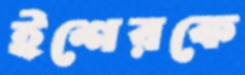
ইশেরকে